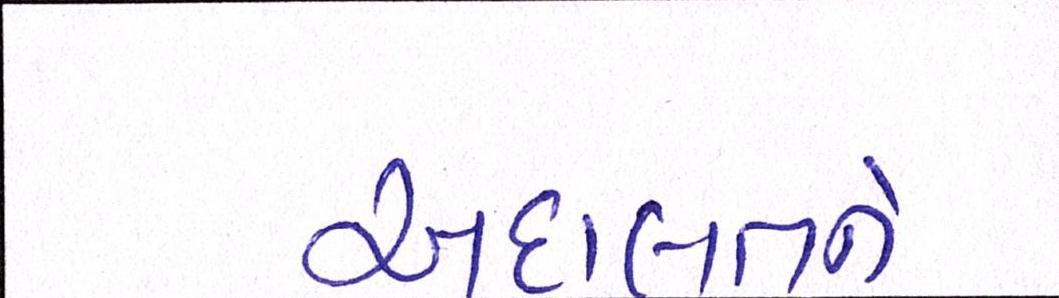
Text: અદાલતને